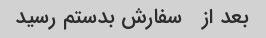
بعد از   سفارش بدستم رسید